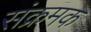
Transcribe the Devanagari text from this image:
संक्रमक